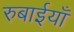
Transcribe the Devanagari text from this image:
रुबाईयाँ